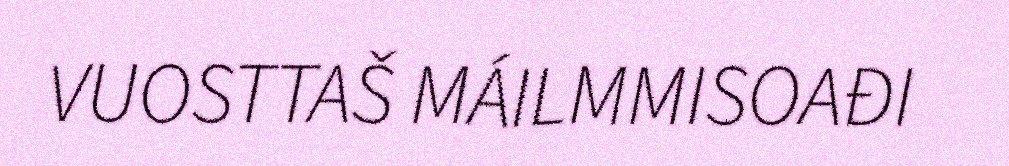
VUOSTTAŠ MÁILMMISOAĐI